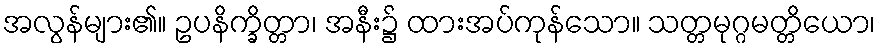
အလွန်များ၏။ ဥပနိက္ခိတ္တာ၊ အနီး၌ ထားအပ်ကုန်သော။ သတ္တမုဂ္ဂမတ္တိယော၊